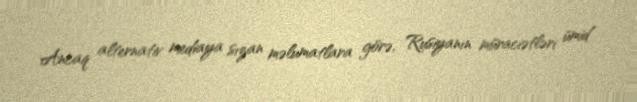
Ancaq alternativ mediaya sızan məlumatlara görə, Rusiyanın müraciətləri ümid